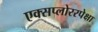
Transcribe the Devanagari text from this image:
एक्सप्लोररपेक्षा